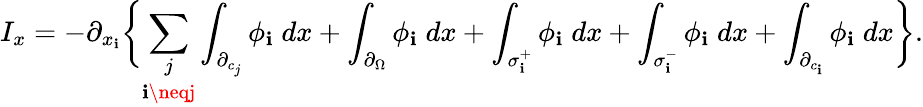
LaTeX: I_{x}=-\partial_{x_{\mathbf{i}}}\biggl\{ \underset{\mathbf{i}\neqj}{\sum_{j}}\int_{\partial_{c_{j}}}\phi_{\mathbf{i}}\; dx+\int_{\partial_{\Omega}}\phi_{\mathbf{i}}\; dx+\int_{\sigma_{\mathbf{i}}^{+}}\phi_{\mathbf{i}}\; dx+\int_{\sigma_{\mathbf{i}}^{-}}\phi_{\mathbf{i}}\; dx+\int_{\partial_{c_{\mathbf{i}}}}\phi_{\mathbf{i}}\; dx\biggl\} .